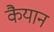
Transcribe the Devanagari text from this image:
कैयान